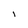
Character: I